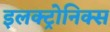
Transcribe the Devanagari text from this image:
इलक्ट्रोनिक्स